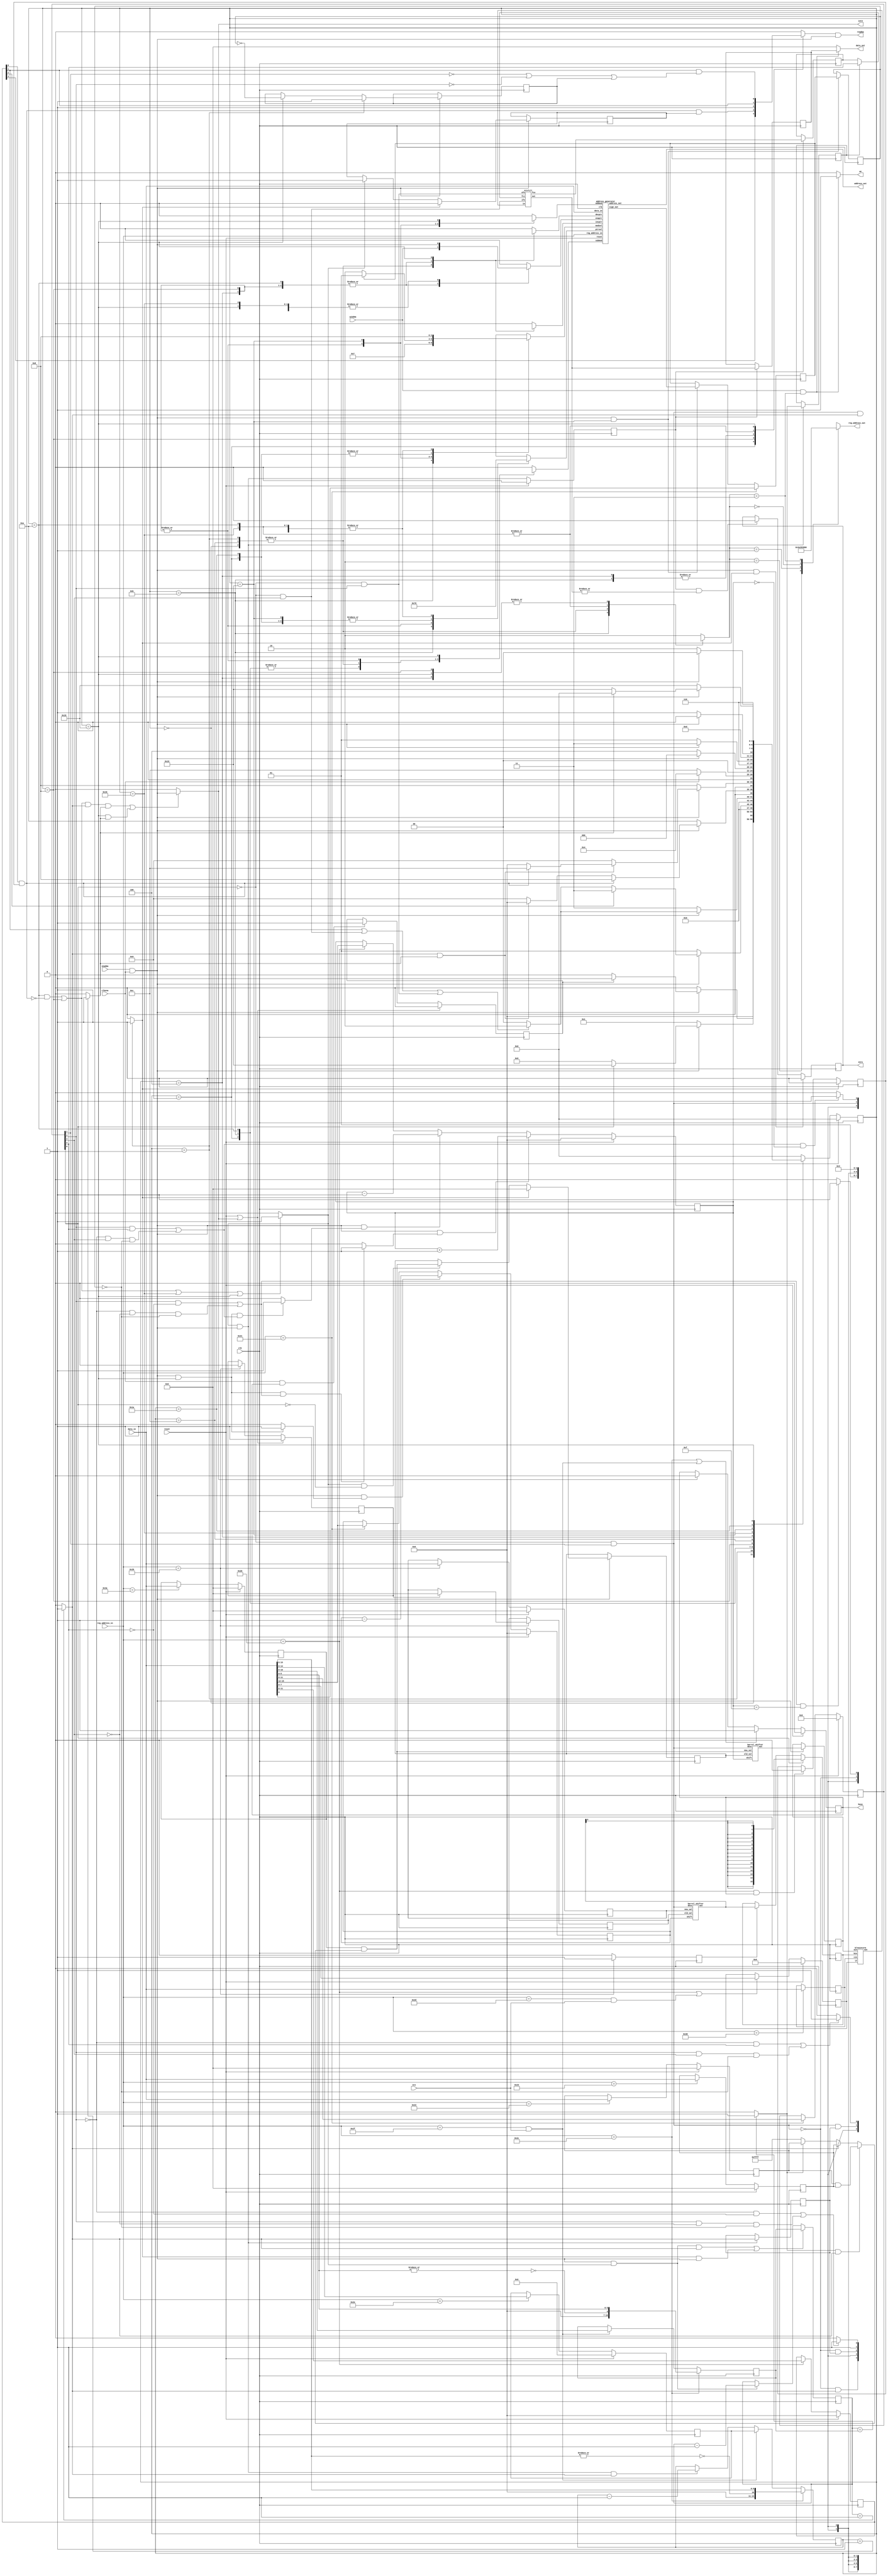
// This program was cloned from: https://github.com/rkrajnc/minimig-de1
// License: GNU General Public License v3.0

// Copyright 2006,2007 Dennis van Weeren
//
// This file is part of Minimig
//
// Minimig is free software; you can redistribute it and/or modify
// it under the terms of the GNU General Public License as published by
// the Free Software Foundation; either version 3 of the License,or
// (at your option) any later version.
//
// Minimig is distributed in the hope that it will be useful,
// but WITHOUT ANY WARRANTY; without even the implied warranty of
// MERCHANTABILITY or FITNESS FOR A PARTICULAR PURPOSE.  See the
// GNU General Public License for more details.
//
// You should have received a copy of the GNU General Public License
// along with this program.  If not,see <http://www.gnu.org/licenses/>.
//
//
//
// This is the Blitter (part of the Agnus chip)
//
// 14-08-2005	-started coding
// 16-08-2005	-done more coding
// 19-08-2005	-added C source channel
//				-added minterm function generator
// 21-08-2005	-added proper masking for A channel
//				-added fill logic and D destination channel
//				-added normal/line mode control logic
//				-added address generator but it needs more work to reduce slices
// 23-08-2005	-done more work
//				-added blitsize counter
// 24-08-2005	-done some cleanup
// 28-08-2005	-redesigned address generator module
//				-started coding of main state machine
// 29-08-2005	-added blitter zero detect
//				-added logic for special line mode to channel D 
// 31-08-2005	-blitsize is now decremented automatically during channel D cycle
//				-added delayed version for lwt called lwtd (needed for pipelining)
// 04-09-2005	-added state machine for normal blitter mode	
//				-added data output gate in channel D (needed for integration into Agnus)
// 05-09-2005	-fixed bug in bltaddress module
//				-modified state machine start of blit handling
// 06-09-2005	-restored state machine,we should now have a working blitter (normal mode)
//				-fixed bug,channel B preload didn't work
// 14-09-2005	-fixed bug in channel A masking logic when doing 1 word wide blits
//				 (and subsequently found another error in the Hardware Reference Manual)
// 18-09-2005	-added sign bit handling for line mode
//				-redesigned address pointer ALU
//				-adapted state machine to use new style ALU codes
//				-added experimental line mode for octant 0,3,4,7
// 19-09-2005	-fixed bugs in line mode state machine and it begins to start working..
// 20-09-2005	-testing
// 25-09-2005	-complete redesign of controller logic
//				-added new linemode logic for all octants
// 27-09-2005	-fixed problem in linemode with dma/channel D modulo: it seems like the real blitter
//				 uses only C modulo for channel C and D during linemode,same for USEC/USED
//				-sign is taken from bit 15 of pointer A,NOT bit 20! -->fixed
//				-line drawing in octant 0,3,4,7 now works!
// 28-09-2005	-line drawing in octant 1,2,5,6 now works too!
// 02-10-2005	-special line draw mode added (single bit per horizontal line)
//				 this completes the blitter (but some bugs may still remain...)
// 17-10-2005	-fixed typo in sensitivity list of always block
// 22-01-2006	-fixed bug in special line draw mode
// 25-01-2006	-added bblck signal	
// 14-02-2006	-improved bblck table
// 07-07-2006	-added some comments
// ----------
// JB:
// 2008-03-03	- added BLTCON0L, BLTSIZH and BLTSIZV
// 2008-07-08	- clean up
// 2008-10-20	- changed name of horbeam[0] to bltena
// 2009-05-24	- clean-up & renaming
// 2009-05-29	- changed enable signal to be more cycle exact
//				- removed bblck as not needed anymore
//				- there is still incopatibility when C channel is selected without D: extra idle cycle is inserted 
// 2009-12-15	- fixed channel B data flow
// 2009-12-19	- ECS extensions available only with ECS chipset selected

module blitter
(
	input 	clk,	 					// bus clock
	input 	reset,	 					// reset
	input	ecs,						// enable ECS extensions
	input	clkena,						// enables blitter operation (used to slow it down)
	input	enadma,						// no other dma channel is granted the bus
	output	reqdma,						// blitter requests dma cycle
	input	ackdma,						// agnus dma priority logic grants dma cycle
	output	we,							// write enable (blitter writes to memory)
	output	reg zero,					// blitter zero status
	output	reg busy,					// blitter busy status
	output	int3,						// blitter finish interrupt request
	input 	[15:0] data_in,	    		// bus data in
	output	[15:0] data_out,			// bus data out
	input 	[8:1] reg_address_in,		// register address inputs
	output 	[20:1] address_out, 		// chip address outputs
	output 	reg [8:1] reg_address_out	// register address outputs
);

//register names and adresses		
parameter BLTCON0  = 9'h040;
parameter BLTCON0L = 9'h05A;
parameter BLTCON1  = 9'h042;
parameter BLTAFWM  = 9'h044;
parameter BLTALWM  = 9'h046;
parameter BLTADAT  = 9'h074;
parameter BLTBDAT  = 9'h072;
parameter BLTCDAT  = 9'h070;
parameter BLTDDAT  = 9'h000;
parameter BLTSIZE  = 9'h058;
parameter BLTSIZH  = 9'h05E;
parameter BLTSIZV  = 9'h05C;

//channel select codes
parameter CHA = 2'b10;	// channel A
parameter CHB = 2'b01;	// channel B
parameter CHC = 2'b00;	// channel C
parameter CHD = 2'b11;	// channel D


parameter BLT_IDLE = 5'b00000;
parameter BLT_INIT = 5'b00001;
parameter BLT_A    = 5'b01001;
parameter BLT_B    = 5'b01011;
parameter BLT_C    = 5'b01010;
parameter BLT_D    = 5'b01000;
parameter BLT_E    = 5'b01100;
parameter BLT_F    = 5'b00100;
parameter BLT_L1   = 5'b11001;
parameter BLT_L2   = 5'b11011;
parameter BLT_L3   = 5'b11010;
parameter BLT_L4   = 5'b11000;

//local signals
reg		[15:0] bltcon0;			// blitter control register 0
wire	[3:0] ash;				// bltcon0 aliases
wire	usea;
wire	useb;
wire	usec;
wire	used;
reg		enad;					// do not disable D channel

reg		[15:0] bltcon1;			// blitter control register 1
wire	[3:0] bsh;				// bltcon1 aliases
wire	desc;					// enable descending mode (and not line mode)
wire	line;					// enable line mode
wire	ife;					// enable inclusive fill mode
wire	efe;					// enable exclusive fill mode

reg		[15:0] bltafwm;			// blitter first word mask for source A
reg		[15:0] bltalwm;			// blitter last word mask for source A
reg		[15:0] bltadat;			// blitter source A data register
reg		[15:0] bltbdat;			// blitter source B data register
reg		[15:0] bltcdat;			// blitter source C data register
reg		[15:0] bltaold;			// blitter source A 'old' data
reg		[15:0] bltbold;			// blitter source B 'old' data
reg		[15:0] bltahold;		// A holding register
reg		[15:0] bltbhold;		// B holding register
reg		[15:0] bltdhold;		// D holding register
reg		[10:0] width;			// blitsize number of words (width)
reg		[14:0] height;			// blitsize number of lines (height)

reg		[4:0] blt_state;		// blitter state
reg		[4:0] blt_next;			// blitter next state

wire	enable;					// blit cycle enable signal

reg		[1:0] chsel;			// channel selection - affects register bus address during DMA transactions
reg		[1:0] ptrsel;			// pointer selection - DMA memory bus address
reg		[1:0] modsel;			// modulo selection (blitter is a little bit weird in line mode0
reg		enaptr;					// enable selected pointer
reg		incptr;					// increment selected pointer
reg		decptr;					// decrement selected pointer
reg		addmod;					// add selected modulo
reg		submod;					// substract selected modulo

wire	incash;					// increment ASH (line mode)
wire	decash;					// decrement ASH (line mode)
wire	decbsh;					// decrement BSH (line mode)

wire	sign_out;				// new accumulator sign calculated by address generator (line mode)
reg		sign;					// current sign of accumulator (line mode)
reg		sign_del;
reg		first_pixel;			// first pixel in a horizontal segment (used in one-dot line mode)

reg		start;					// busy delayed by one blitter cycle (for cycle exact compatibility)
wire	init;					// blitter initialization cycle
wire	next_word;				// indicates last cycle of a single sequence
reg		store_result;			// updates D hold register
reg		pipeline_full;			// indicated update of D holding register
wire 	first_word;				// first word of a line
reg		first_word_del;			// delayed signal for use in fill mode (initial fill carry selection)
wire 	last_word; 				// last word of a line
reg		last_word_del;			// delayed signal for adding modulo to D channel pointer register
wire 	last_line; 				// last line of the blit
wire	done;					// indicates the end of the blit (clears busy)

wire	[15:0] minterm_out; 	// minterm generator output
wire	[15:0] fill_out;		// fill logic output
wire	fci;					// fill carry in
wire	fco;	    			// fill carry out
reg		fcy;	   				// fill carry latch (for the next word)

reg		[10:0] width_cnt;		// blitter width counter (in words)
wire 	width_cnt_dec;			// decrement width counter
wire 	width_cnt_rld;			// reload width counter
reg 	[14:0] height_cnt;		// blitter height counter (in lines)

reg		[15:0] bltamask;
wire	[15:0] shiftaout;
wire	[15:0] shiftbout;

reg		dma_req;
wire	dma_ack;

//--------------------------------------------------------------------------------------

//bltcon0: ASH part
always @(posedge clk)
	if (reset)
		bltcon0[15:12] <= 0;
	else if (enable && incash) // increment ash (line mode)
		bltcon0[15:12] <= bltcon0[15:12] + 4'b0001;
	else if (enable && decash) // decrement ash (line mode)
		bltcon0[15:12] <= bltcon0[15:12] - 4'b0001;
	else if (reg_address_in[8:1]==BLTCON0[8:1])
		bltcon0[15:12] <= data_in[15:12];

assign ash[3:0] = bltcon0[15:12];

//bltcon0: USE part
always @(posedge clk)
	if (reset)
		bltcon0[11:8] <= 0;
	else if (reg_address_in[8:1]==BLTCON0[8:1])
		bltcon0[11:8] <= data_in[11:8];

// writing blitcon0 while a blit is active disables D channel (not always but it's very likely)
always @(posedge clk)
	if (init)
		enad <= 1'b1;
	else if (reg_address_in[8:1]==BLTCON0[8:1] && busy)
		enad <= 1'b0;	
		
assign {usea, useb, usec, used} = {bltcon0[11:9], bltcon0[8] & enad}; // DMA channels enable		

//bltcon0: LF part
always @(posedge clk)
	if (reset)
		bltcon0[7:0] <= 0;
	else if (reg_address_in[8:1]==BLTCON0[8:1] || reg_address_in[8:1]==BLTCON0L[8:1] && ecs)
		bltcon0[7:0] <= data_in[7:0];
		
//bltcon1: BSH part
always @(posedge clk)
	if (reset)
		bltcon1[15:12] <= 0;
	else if (enable && decbsh) // decrement bsh (line mode - texturing)
		bltcon1[15:12] <= bltcon1[15:12] - 4'b0001;
	else if (reg_address_in[8:1]==BLTCON1[8:1])
		bltcon1[15:12] <= data_in[15:12];

assign bsh[3:0] = bltcon1[15:12];

//bltcon1: the rest
always @(posedge clk)
	if (reset)
		bltcon1[11:0] <= 0;
	else if (reg_address_in[8:1]==BLTCON1[8:1])
		bltcon1[11:0] <= data_in[11:0];

assign line = bltcon1[0]; // line mode
assign desc = ~line & bltcon1[1]; // descending blit mode		
assign efe = ~line & bltcon1[4]; // exclusive fill mode
assign ife = ~line & bltcon1[3]; // inclusive fill mode

//--------------------------------------------------------------------------------------

//bltafwm register (first word mask for channel A)
always @(posedge clk)
	if (reset)
		bltafwm[15:0] <= 0;
	else if (reg_address_in[8:1]==BLTAFWM[8:1])
		bltafwm[15:0] <= data_in[15:0];

//bltalwm register (last word mask for channel A)
always @(posedge clk)
	if (reset)
		bltalwm[15:0] <= 0;
	else if (reg_address_in[8:1]==BLTALWM[8:1])
		bltalwm[15:0] <= data_in[15:0];

//channel A mask select
always @(bltafwm or bltalwm or first_word or last_word)
	if (first_word && last_word)
		bltamask[15:0] = bltafwm[15:0] & bltalwm[15:0];
	else if (last_word)
		bltamask[15:0] = bltalwm[15:0];
	else if (first_word)
		bltamask[15:0] = bltafwm[15:0];	
	else
		bltamask[15:0] = 16'hFF_FF;
		
//bltadat register
always @(posedge clk)
	if (reset)
		bltadat[15:0] <= 0;
	else if (reg_address_in[8:1]==BLTADAT[8:1])
		bltadat[15:0] <= data_in[15:0];

//channel A 'old' register
always @(posedge clk)
	if (enable)
		if (init)
			bltaold[15:0] <= 0;
		else if (next_word && !line) // in line mode this register is equal zero all the time
			bltaold[15:0] <= bltadat[15:0] & bltamask[15:0];

//channel A barrel shifter
barrel_shifter barrel_shifter_A
(
	.desc(desc),
	.shift(ash),
	.new_val(bltadat & bltamask),
	.old_val(bltaold),
	.out(shiftaout)
);

//channel A holding register
always @(posedge clk)
	if (enable)
		bltahold[15:0] <= shiftaout[15:0];

//--------------------------------------------------------------------------------------

//bltbdat register
always @(posedge clk)
	if (reset)
		bltbdat[15:0] <= 0;
	else if (reg_address_in[8:1]==BLTBDAT[8:1])
		bltbdat[15:0] <= data_in[15:0];
		
reg bltbold_init;
always @(posedge clk)
	if (reset || done)
		bltbold_init <= 1'b1;
	else if (reg_address_in[8:1]==BLTBDAT[8:1])
		bltbold_init <= 1'b0;

//channel B 'old' register
always @(posedge clk)
	if (reg_address_in[8:1]==BLTBDAT[8:1])
		if (bltbold_init)
			bltbold[15:0] <= 0;
		else
			bltbold[15:0] <= bltbdat[15:0];
			
reg bltbdat_wrtn;		
always @(posedge clk)
	if (reg_address_in[8:1]==BLTBDAT[8:1])
		bltbdat_wrtn <= 1'b1;
	else
		bltbdat_wrtn <= 1'b0;

//channel B barrel shifter
barrel_shifter barrel_shifter_B
(
	.desc(desc),
	.shift(bsh),
	.new_val(bltbdat),
	.old_val(bltbold),
	.out(shiftbout)
);

//channel B holding register
always @(posedge clk)
	if (line)
		bltbhold[15:0] <= {16{shiftbout[0]}}; // in line mode only one selected bit of BLTBDAT register (LSB) is used for texturing
	else if (bltbdat_wrtn)
		bltbhold[15:0] <= shiftbout[15:0];
	
//--------------------------------------------------------------------------------------

//bltcdat register
always @(posedge clk)
	if (reg_address_in[8:1]==BLTCDAT[8:1])
		bltcdat[15:0] <= data_in[15:0];
		
//--------------------------------------------------------------------------------------

 
always @(posedge clk)
	if (next_word && enable)
		last_word_del <= last_word;

always @(posedge clk)
	if (next_word && enable)
		first_word_del <= first_word; // used in fill mode for selecting initial fci state

//--------------------------------------------------------------------------------------

//minterm generator instantation
bltminterm bltmt1
(
	.lf(bltcon0[7:0]),
	.ain(bltahold[15:0]),
	.bin(bltbhold[15:0]),
	.cin(bltcdat[15:0]),
	.out(minterm_out[15:0])
);


//fill logic instantiation
bltfill bltfl1
(
	.ife(ife),
	.efe(efe),
	.fci(fci),
	.fco(fco),
	.in(minterm_out[15:0]),
	.out(fill_out[15:0])
);

//fill carry input
assign fci = first_word_del ? bltcon1[2] : fcy;

// carry out latch (updated at the same time as channel D holding register)
always @(posedge clk)
	if (store_result)
		fcy <= fco;

// channel D holding register (updated one cycle later after a write to other holding registers)
always @(posedge clk)
	if (store_result)
		bltdhold[15:0] <= fill_out[15:0];

// channel D 'zero' flag
always @(posedge clk)
	if (enable && init)
		zero <= 1;
	else if (store_result && |fill_out[15:0])
		zero <= 0;

//channel D data output
assign data_out[15:0] = ackdma && chsel[1:0]==CHD ? bltdhold[15:0] : 16'h00_00;
assign we = ackdma && chsel[1:0]==CHD ? 1'b1 : 1'b0;

//--------------------------------------------------------------------------------------

// 'busy' flag control
always @(posedge clk)
	if (reset)
		busy <= 0;
	else if (reg_address_in[8:1]==BLTSIZE[8:1] || reg_address_in[8:1]==BLTSIZH[8:1] && ecs) // set immediately after a write to BLTSIZE or BLTSIZH (ECS)
		busy <= 1;
	else if (done) // cleared when the blit is done
		busy <= 0;

// blitter finish interrupt request
assign int3 = done;

// FSM start control (one bus clock cycle delay for cycle exact compatibility)
always @(posedge clk)
	if (reset || done)
		start <= 0;
	else if (clkena && busy)
		start <= 1;

// blit width register (backup)
always @(posedge clk)
	if (reg_address_in[8:1]==BLTSIZE[8:1]) // OCS
		width[10:0] <= {4'b0000, ~|data_in[5:0], data_in[5:0]};
	else if (reg_address_in[8:1]==BLTSIZH[8:1] && ecs) // ECS
		width[10:0] <= data_in[10:0];

assign width_cnt_dec = enable & next_word;
assign width_cnt_rld = enable & next_word & last_word | init & enable;

// blit width counter
always @(posedge clk)
	if (width_cnt_rld) // reload counter
		width_cnt[10:0] <= width[10:0];
	else if (width_cnt_dec) // decrement counter
		width_cnt[10:0] <= width_cnt[10:0] - 1'b1;

assign last_word = width_cnt[10:0]==1 ? 1'b1 : 1'b0;
assign first_word = width_cnt[10:0]==width[10:0] ? 1'b1 : 1'b0;
assign last_line = height_cnt[14:0]==1 ? 1'b1 : 1'b0;

// ECS large blit height holding register 
always @(posedge clk)
	if (reset)
		height[14:0] <= 0;
	else if (reg_address_in[8:1]==BLTSIZV[8:1]) // ECS BLTSIZV register
		height[14:0] <= data_in[14:0];
		
// blit height counter
always @(posedge clk)
	if (reg_address_in[8:1]==BLTSIZE[8:1]) // OCS
		height_cnt[14:0] <= {4'b0000, ~|data_in[15:6], data_in[15:6]};
	else if (reg_address_in[8:1]==BLTSIZH[8:1] && ecs) // ECS
		height_cnt[14:0] <= height[14:0];
	else if (enable && next_word && last_word) // decrement height counter
		height_cnt[14:0] <= height_cnt[14:0] - 1'b1;
		
// pipeline is full (first set of sources has been fetched)
always @(posedge clk)
	if (enable)
		if (init)
			pipeline_full <= 0;
		else if (next_word)
			pipeline_full <= 1;
			
//--------------------------------------------------------------------------------------

// instantiate address generation unit
address_generator address_generator_1
(
	.clk(clk),
	.reset(reset),
	.ptrsel(ptrsel),
	.modsel(modsel),
	.enaptr(enaptr),
	.incptr(incptr),
	.decptr(decptr),
	.addmod(addmod),
	.submod(submod),
	.sign_out(sign_out),
	.data_in(data_in),
	.reg_address_in(reg_address_in),
	.address_out(address_out)
);

// custom register address output
always @(chsel)
	case (chsel)
		CHA : reg_address_out = BLTADAT[8:1]; 
		CHB : reg_address_out = BLTBDAT[8:1]; 
		CHC : reg_address_out = BLTCDAT[8:1]; 
		CHD : reg_address_out = BLTDDAT[8:1]; 
	endcase

//--------------------------------------------------------------------------------------

assign 	enable = enadma & clkena;
assign 	reqdma = dma_req & enable;
assign	dma_ack = ackdma;

// blitter FSM
always @(posedge clk)
	if (reset)
		blt_state <= BLT_IDLE;
	else
		blt_state <= blt_next;

always @*
	case (blt_state)
	
		BLT_IDLE:
		begin
			chsel = 2'bXX;
			ptrsel = 2'bXX;
			modsel = 2'bXX;
			enaptr = 1'b0;
			incptr = 1'bX;
			decptr = 1'bX;
			addmod = 1'bX;
			submod = 1'bX;
			dma_req = 1'b0;

			if (enable)
				if (start)
					blt_next = BLT_INIT;
				else
					blt_next = BLT_IDLE;
			else
				blt_next = BLT_IDLE;
		end
				
		BLT_INIT:
		begin
			chsel = 2'bXX;
			ptrsel = 2'bXX;
			modsel = 2'bXX;
			enaptr = 1'b0;
			incptr = 1'bX;
			decptr = 1'bX;
			addmod = 1'bX;
			submod = 1'bX;
			dma_req = 1'b0;
			
			if (enable)
				if (line)
					blt_next = BLT_L1; // go to first line draw cycle
				else
					blt_next = BLT_A;
			else
				blt_next = BLT_INIT;
		end
		
		BLT_A: // first blit cycle (channel A source data fetch or empty cycle)
		begin
			chsel = CHA;
			ptrsel = CHA;
			modsel = CHA;
			enaptr = dma_ack;
			incptr = ~desc;
			decptr = desc;
			addmod = ~desc & last_word; // add or substract modulo when last word in a line is fetched
			submod = desc & last_word;
			dma_req = usea; // empty cycle if channel A is not enabled

			if (enable)			
				if (useb)
					blt_next = BLT_B;
				else if (usec || ife || efe) // in fill modes channel C cycle is always used (might be empty if channel C is not enabled)
					blt_next = BLT_C;
				else
					blt_next = BLT_D;
			else
				blt_next = BLT_A;
		end
		
		BLT_B: // second blit cycle (always channel B fetch - if channel B is not enabled this cycle is skipped)
		begin
			chsel = CHB;
			ptrsel = CHB;
			modsel = CHB;
			enaptr = dma_ack;
			incptr = ~desc;
			decptr = desc;
			addmod = ~desc & last_word;
			submod = desc & last_word;
			dma_req = 1'b1; // we can only reach this state if channel B is enabled (USEB is set)

			if (enable)			
				if (usec || ife || efe) // in fill modes channel C cycle is always used (might be empty if channel C is not enabled)
					blt_next = BLT_C;
				else
					blt_next = BLT_D;
			else
				blt_next = BLT_B;
		end
		
		BLT_C:
		begin
			chsel = CHC;
			ptrsel = CHC;
			modsel = CHC;
			enaptr = dma_ack;
			incptr = ~desc;
			decptr = desc;
			addmod = ~desc & last_word;
			submod = desc & last_word;
			dma_req = usec; // channel C is enabled when USEC is set - in fill mode empty cycle if not enabled

			if (enable)
				if (used)
					blt_next = BLT_D;
				else if (last_word && last_line)
					blt_next = BLT_IDLE;
				else
					blt_next = BLT_A;			
			else
				blt_next = BLT_C;
		end
		
		BLT_D:
		begin
			chsel = CHD;
			ptrsel = CHD;
			modsel = CHD;
			enaptr = dma_ack;
			incptr = ~desc;
			decptr = desc;
			addmod = ~desc & last_word_del;
			submod = desc & last_word_del;
			dma_req = used & pipeline_full; // request DMA cycle if channel D holding register is full
			
			if (enable)
				if (last_word && last_line) 
					if (used)
						blt_next = BLT_E; // if last data store cycle go to the first pipeline flush state
					else
						blt_next = BLT_IDLE; // if D channel is not used go to IDLE state
				else
					blt_next = BLT_A;
			else
				blt_next = BLT_D;
		end

		BLT_E: // empty cycle to allow data propagation through D hold register
		begin
			chsel = 2'bXX;
			ptrsel = 2'bXX;
			modsel = 2'bXX;
			enaptr = 1'b0;
			incptr = 1'bX;
			decptr = 1'bX;
			addmod = 1'bX;
			submod = 1'bX;
			dma_req = 1'b0;
			
			if (clkena)
				blt_next = BLT_F; // go to the last D hold register store cycle
			else
				blt_next = BLT_E;
		end

		BLT_F: // flush pipeline (store the last D hold register value)
		begin
			chsel = CHD;
			ptrsel = CHD;
			modsel = CHD;
			enaptr = dma_ack;
			incptr = ~desc;
			decptr = desc;
			addmod = ~desc & last_word_del;
			submod = desc & last_word_del;
			dma_req = 1'b1; // request DMA cycle (D holding register is full)
			
			if (enable)
				blt_next = BLT_IDLE; // it's the last cycle so go to IDLE state
			else
				blt_next = BLT_F;
		end
		
		BLT_L1: // update error accumulator
		begin
			chsel = CHA;
			ptrsel = CHA;
			modsel = sign ? CHB : CHA;
			enaptr = enable;
			incptr = 0;
			decptr = 0;
			addmod = 1;//pipeline_full; // update error accumulator
			submod = 0;
			dma_req = 0; // internal cycle - no DMA access

			if (enable)
				blt_next = BLT_L2;
			else
				blt_next = BLT_L1;
		end
		
		BLT_L2: // fetch source data from channel C
		begin
			chsel = CHC;
			ptrsel = CHC;
			modsel = CHC;
			enaptr = enable; // no pointer increment
			incptr = 0;
			decptr = 0;
			addmod = 0;
			submod = 0;
			dma_req = usec;
			
			if (enable)
				blt_next = BLT_L3;
			else
				blt_next = BLT_L2;
		end
		
		BLT_L3: // free cycle (data propagates from source holding registers to channel D hold register - no pipelining)
		begin
			chsel = CHA;
			ptrsel = CHA;
			modsel = CHA;
			enaptr = 0;
			incptr = 0;
			decptr = 0;
			addmod = 0;
			submod = 0;
			dma_req = 0;

			if (enable)
				blt_next = BLT_L4;
			else
				blt_next = BLT_L3;
		end
		
		BLT_L4: // store cycle - initial write @ D ptr, all succesive @ C ptr, always modulo C used
		begin

			chsel = CHD;
			ptrsel = CHC;
			modsel = CHC;
			enaptr = enable;
			incptr = ( bltcon1[4] && !bltcon1[2] || !bltcon1[4] && !bltcon1[3] && !sign_del) && ash==4'b1111 ? 1'b1 : 1'b0;
			decptr = ( bltcon1[4] &&  bltcon1[2] || !bltcon1[4] &&  bltcon1[3] && !sign_del) && ash==4'b0000 ? 1'b1 : 1'b0;
			addmod = !bltcon1[4] && !bltcon1[2] ||  bltcon1[4] && !bltcon1[3] && !sign_del ? 1'b1 : 1'b0;
			submod = !bltcon1[4] &&  bltcon1[2] ||  bltcon1[4] &&  bltcon1[3] && !sign_del ? 1'b1 : 1'b0;
			// in 'one dot' mode this might be a free bus cycle
			dma_req = usec & (~bltcon1[1] | ~bltcon1[4] | first_pixel); // request DMA cycle
			
			if (enable)
				if (last_line) // if last data store go to idle state
					blt_next = BLT_IDLE;
				else
					blt_next = BLT_L1;
			else
				blt_next = BLT_L4;
		end
				
		default:
		begin
			chsel = CHA;
			ptrsel = 2'bXX;
			modsel = 2'bXX;
			enaptr = 0;
			incptr = 0;
			decptr = 0;
			addmod = 0;
			submod = 0;
			dma_req = 0;
			
			blt_next = BLT_IDLE;
		end
		
	endcase

// init blitter pipeline (reload height counter)
assign init = blt_state==BLT_INIT ? 1'b1 : 1'b0;
	
// indicates last cycle of a single sequence	
assign next_word = blt_state==BLT_C && !used || blt_state==BLT_D || blt_state==BLT_L2 || blt_state==BLT_L4 ? 1'b1 : 1'b0;

// stores a new value to D hold register
always @(posedge clk)
	if (reset)
		store_result <= 0;
	else
		store_result <= enable && next_word;
		
// blitter busy flag is cleared immediately after last source data is fetched (if D channel is not enabled) or the last but one result is stored
// signal 'done' is used to clear the 'busy' and 'start' flags
assign done = (blt_state==BLT_C && !used || blt_state==BLT_D) && last_word && last_line || blt_state==BLT_L4 && last_line ? enable : 1'b0;

always @(posedge clk)
	if (enable)
		if (blt_state==BLT_INIT)
			first_pixel <= 1'b1;
		else if (blt_state==BLT_L4)
			first_pixel <= ~sign_del;

always @(posedge clk)
	if (reg_address_in[8:1]==BLTCON1[8:1])
		sign <= data_in[6]; // initial sign value
	else if (enable && blt_state==BLT_L1)
		sign <= sign_out; // latch sign output from error accumulator

always @(posedge clk)
	if (enable && blt_state==BLT_L1)
		sign_del <= sign;
		
assign incash = enable && blt_state==BLT_L4 && (bltcon1[4] && !bltcon1[2] || !bltcon1[4] && !bltcon1[3] && !sign_del) ? 1'b1 : 1'b0;
assign decash = enable && blt_state==BLT_L4 && (bltcon1[4] &&  bltcon1[2] || !bltcon1[4] &&  bltcon1[3] && !sign_del) ? 1'b1 : 1'b0;
assign decbsh = enable && blt_state==BLT_L4 ? 1'b1 : 1'b0;

//--------------------------------------------------------------------------------------

endmodule

//--------------------------------------------------------------------------------------
//--------------------------------------------------------------------------------------

//Blitter barrel shifter
//This module can shift 0-15 positions to the right (normal mode) or to the left (descending mode).
//Multipliers are used to save logic.
module barrel_shifter
(
	input	desc,			// select descending mode (shift to the left)
	input	[3:0] shift,	// shift value (0 to 15)
	input 	[15:0] new_val,		// barrel shifter data in
	input 	[15:0] old_val,		// barrel shifter data in
	output	[15:0] out		// barrel shifter data out
);

wire [35:0] shifted_new;	// shifted new data
wire [35:0] shifted_old;	// shifted old data
reg  [17:0] shift_onehot;	// one-hot shift value for multipliers

//one-hot shift value encoding
always @(desc or shift)
	case ({desc,shift[3:0]})
		5'h00 : shift_onehot = 18'h10000;
		5'h01 : shift_onehot = 18'h08000;
		5'h02 : shift_onehot = 18'h04000;
		5'h03 : shift_onehot = 18'h02000;
		5'h04 : shift_onehot = 18'h01000;
		5'h05 : shift_onehot = 18'h00800;
		5'h06 : shift_onehot = 18'h00400;
		5'h07 : shift_onehot = 18'h00200;
		5'h08 : shift_onehot = 18'h00100;
		5'h09 : shift_onehot = 18'h00080;
		5'h0A : shift_onehot = 18'h00040;
		5'h0B : shift_onehot = 18'h00020;
		5'h0C : shift_onehot = 18'h00010;
		5'h0D : shift_onehot = 18'h00008;
		5'h0E : shift_onehot = 18'h00004;
		5'h0F : shift_onehot = 18'h00002;
		5'h10 : shift_onehot = 18'h00001;
		5'h11 : shift_onehot = 18'h00002;
		5'h12 : shift_onehot = 18'h00004;
		5'h13 : shift_onehot = 18'h00008;
		5'h14 : shift_onehot = 18'h00010;
		5'h15 : shift_onehot = 18'h00020;
		5'h16 : shift_onehot = 18'h00040;
		5'h17 : shift_onehot = 18'h00080;
		5'h18 : shift_onehot = 18'h00100;
		5'h19 : shift_onehot = 18'h00200;
		5'h1A : shift_onehot = 18'h00400;
		5'h1B : shift_onehot = 18'h00800;
		5'h1C : shift_onehot = 18'h01000;
		5'h1D : shift_onehot = 18'h02000;
		5'h1E : shift_onehot = 18'h04000;
		5'h1F : shift_onehot = 18'h08000;
 	endcase

/*
MULT18X18 multiplier_1
(
	.dataa({2'b00,new_val[15:0]}),  // 18-bit multiplier input
	.datab(shift_onehot),     	// 18-bit multiplier input
	.result(shifted_new)			// 36-bit multiplier output
);
*/
assign shifted_new = ({2'b00,new_val[15:0]})*shift_onehot;

/*
MULT18X18 multiplier_2
(
	.dataa({2'b00,old_val[15:0]}),	// 18-bit multiplier input
	.datab(shift_onehot),		// 18-bit multiplier input
	.result(shifted_old)			// 36-bit multiplier output
);
*/
assign shifted_old = ({2'b00,old_val[15:0]})*shift_onehot;

assign out = desc ? shifted_new[15:0] | shifted_old[31:16] : shifted_new[31:16] | shifted_old[15:0];

endmodule

//--------------------------------------------------------------------------------------
//--------------------------------------------------------------------------------------

//Blitter minterm function generator
//The minterm function generator takes <ain>,<bin> and <cin> 
//and checks every logic combination against the LF control byte.
//If a combination is marked as 1 in the LF byte,the ouput will
//also be 1,else the output is 0.
module bltminterm
(
	input	[7:0] lf,	//LF control byte
	input	[15:0] ain,	//A channel in
	input	[15:0] bin,	//B channel in
	input	[15:0] cin,	//C channel in
	output	[15:0] out	//function generator output
);

reg		[15:0] mt0;		//minterm 0
reg		[15:0] mt1;		//minterm 1
reg		[15:0] mt2;		//minterm 2
reg		[15:0] mt3;		//minterm 3
reg		[15:0] mt4;		//minterm 4
reg		[15:0] mt5;		//minterm 5
reg		[15:0] mt6;		//minterm 6
reg		[15:0] mt7;		//minterm 7

//Minterm generator for each bit. The code inside the loop 
//describes one bit. The loop is 'unrolled' by the 
//synthesizer to cover all 16 bits in the word.
integer j;
always @(ain or bin or cin or lf)
	for (j=15; j>=0; j=j-1)
	begin
		mt0[j] = ~ain[j] & ~bin[j] & ~cin[j] & lf[0];
		mt1[j] = ~ain[j] & ~bin[j] &  cin[j] & lf[1];
		mt2[j] = ~ain[j] &  bin[j] & ~cin[j] & lf[2];
		mt3[j] = ~ain[j] &  bin[j] &  cin[j] & lf[3];
		mt4[j] =  ain[j] & ~bin[j] & ~cin[j] & lf[4];
		mt5[j] =  ain[j] & ~bin[j] &  cin[j] & lf[5];
		mt6[j] =  ain[j] &  bin[j] & ~cin[j] & lf[6];
		mt7[j] =  ain[j] &  bin[j] &  cin[j] & lf[7];
	end

//Generate function generator output by or-ing all
//minterms together.
assign out = mt0 | mt1 | mt2 | mt3 | mt4 | mt5 | mt6 | mt7;

endmodule		

//--------------------------------------------------------------------------------------
//--------------------------------------------------------------------------------------

//Blitter fill logic
//The fill logic module has 2 modes,inclusive fill and exclusive fill.
//Both share the same xor operation but in inclusive fill mode,
//the output of the xor-filler is or-ed with the input data.	
module bltfill
(
	input	ife,					//inclusive fill enable
	input	efe,					//exclusive fill enable
	input	fci,					//fill carry input
	output	fco,					//fill carry output
	input	[15:0]in,				//data in
	output	reg [15:0]out			//data out
);

//local signals
reg		[15:0]carry;

//generate all fill carry's
integer j;
always @(fci or in[0])//least significant bit
	carry[0] = fci ^ in[0];		
always @(in or carry)//rest of bits
	for (j=1;j<=15;j=j+1)
		carry[j] = carry[j-1] ^ in[j];

//fill carry output
assign fco = carry[15];

//fill data output
always @(ife or efe or carry or in)
	if (efe)//exclusive fill
		out[15:0] = carry[15:0];
	else if (ife)//inclusive fill
		out[15:0] = carry[15:0] | in[15:0];
	else//bypass,no filling
		out[15:0] = in[15:0];

endmodule

//--------------------------------------------------------------------------------------
//--------------------------------------------------------------------------------------

// Blitter address generator
// It can increment or decrement selected pointer register or add or substract any selected modulo register

module address_generator
(
	input	clk,					// bus clock
	input	reset,					// reset
	input	[1:0] ptrsel,			// pointer register selection
	input	[1:0] modsel,			// modulo register selection
	input	enaptr,					// enable pointer selection and update
	input	incptr,					// increase selected pointer register
	input	decptr,					// decrease selected pointer register
	input	addmod,					// add selected modulo register to selected pointer register
	input	submod,					// substract selected modulo register from selected pointer register
	output	sign_out,				// sign output (used for line mode)
	input	[15:0] data_in,			// bus data in
	input	[8:1] reg_address_in,	// register address input
	output	[20:1] address_out		// generated address out
);

//register names and addresses
parameter BLTAMOD = 9'h064;
parameter BLTBMOD = 9'h062;
parameter BLTCMOD = 9'h060;
parameter BLTDMOD = 9'h066;
parameter BLTAPTH = 9'h050;
parameter BLTAPTL = 9'h052;
parameter BLTBPTH = 9'h04c;
parameter BLTBPTL = 9'h04e;
parameter BLTCPTH = 9'h048;
parameter BLTCPTL = 9'h04a;
parameter BLTDPTH = 9'h054;
parameter BLTDPTL = 9'h056;

//channel select codes
parameter CHA = 2'b10;			// channel A
parameter CHB = 2'b01;			// channel B
parameter CHC = 2'b00;			// channel C
parameter CHD = 2'b11;			// channel D

//local signals
wire 	[1:0]	bltptr_sel;		// blitter pointer select
wire 	[20:1]	bltptr_in;		// blitter pointer registers input
reg		[20:16] bltpth [3:0];	// blitter pointer register bank (high)
wire	[20:16] bltpth_out;		// blitter pointer register bank output (high)
reg		[15:1]  bltptl [3:0];	// blitter pointer register bank (low)
wire	[15:1]  bltptl_out;		// blitter pointer register bank output (low)
wire	[20:1]	bltptr_out;		// blitter pointer register bank output

wire 	[1:0]	bltmod_sel;		// blitter modulo register select
reg		[15:1]  bltmod [3:0];	// blitter modulo register bank
wire	[15:1]  bltmod_out;		// blitter modulo register bank output

reg		[20:1]  newptr;			// new pointer value
reg 	[20:1]	t_newptr; 		// temporary pointer value

//--------------------------------------------------------------------------------------

//pointer register bank

assign bltptr_in[20:1] = enaptr ? newptr[20:1] : {data_in[4:0], data_in[15:1]};

assign bltptr_sel = enaptr ? ptrsel : {reg_address_in[4],reg_address_in[2]};

always @(posedge clk)
	if (enaptr || reg_address_in[8:1]==BLTAPTH[8:1] || reg_address_in[8:1]==BLTBPTH[8:1] || reg_address_in[8:1]==BLTCPTH[8:1] || reg_address_in[8:1]==BLTDPTH[8:1])
		bltpth[bltptr_sel] <= bltptr_in[20:16];

assign bltpth_out = bltpth[bltptr_sel];		
		
always @(posedge clk)
	if (enaptr || reg_address_in[8:1]==BLTAPTL[8:1] || reg_address_in[8:1]==BLTBPTL[8:1] || reg_address_in[8:1]==BLTCPTL[8:1] || reg_address_in[8:1]==BLTDPTL[8:1])
		bltptl[bltptr_sel] <= bltptr_in[15:1];

assign bltptl_out = bltptl[bltptr_sel];

assign bltptr_out = {bltpth_out, bltptl_out};	
	
assign address_out = bltptr_out;
    
//--------------------------------------------------------------------------------------

//modulo register bank

assign bltmod_sel = enaptr ? modsel : reg_address_in[2:1];

always @(posedge clk)
	if (reg_address_in[8:3]==BLTAMOD[8:3])
		bltmod[bltmod_sel] <= data_in[15:1];
		
assign bltmod_out = bltmod[modsel];

//--------------------------------------------------------------------------------------

// pointer arithmetic unit

// increment or decrement selected pointer
always @(incptr or decptr or bltptr_out)
	if (incptr && !decptr)
		t_newptr = bltptr_out + 20'h1; // increment selected pointer
	else if (!incptr && decptr)
		t_newptr = bltptr_out - 20'h1; // decrement selected pointer
	else
		t_newptr = bltptr_out;

// add or substract modulo
always @(addmod or submod or bltmod_out or t_newptr)
	if (addmod && !submod)
		newptr = t_newptr + {{5{bltmod_out[15]}},bltmod_out[15:1]}; // add modulo (sign extended)
	else if (!addmod && submod)
		newptr = t_newptr - {{5{bltmod_out[15]}},bltmod_out[15:1]}; // substract modulo (sign extended)
	else
		newptr = t_newptr;

//sign output
assign sign_out = newptr[15]; // used in line mode as the sign of Bresenham's error accumulator (channel A pointer acts as an accumulator)

endmodule